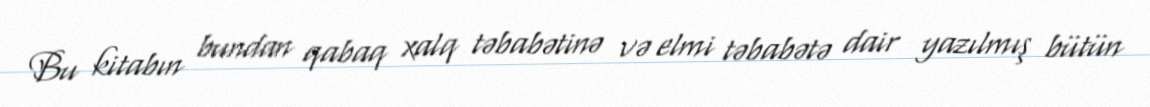
Bu kitabın bundan qabaq xalq təbabətinə və elmi təbabətə dair yazılmış bütün